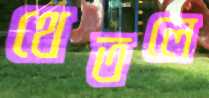
থেতলে